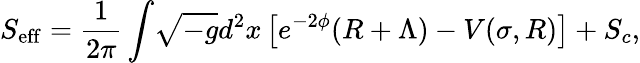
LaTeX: S_{\mathrm{eff}}=\frac{1}{2\pi}\int\! \sqrt{-g}d^{2}x\left[e^{-2\phi}(R+\Lambda)-V(\sigma,R)\right]+S_{c},